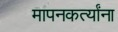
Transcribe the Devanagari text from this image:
मापनकर्त्यांना